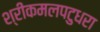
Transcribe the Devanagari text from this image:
श्रीकमलपटुधरा